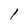
Character: 1